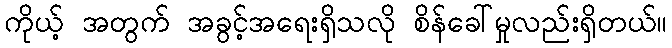
ကိုယ့် အတွက် အခွင့်အရေးရှိသလို စိန်ခေါ်မှုလည်းရှိတယ်။